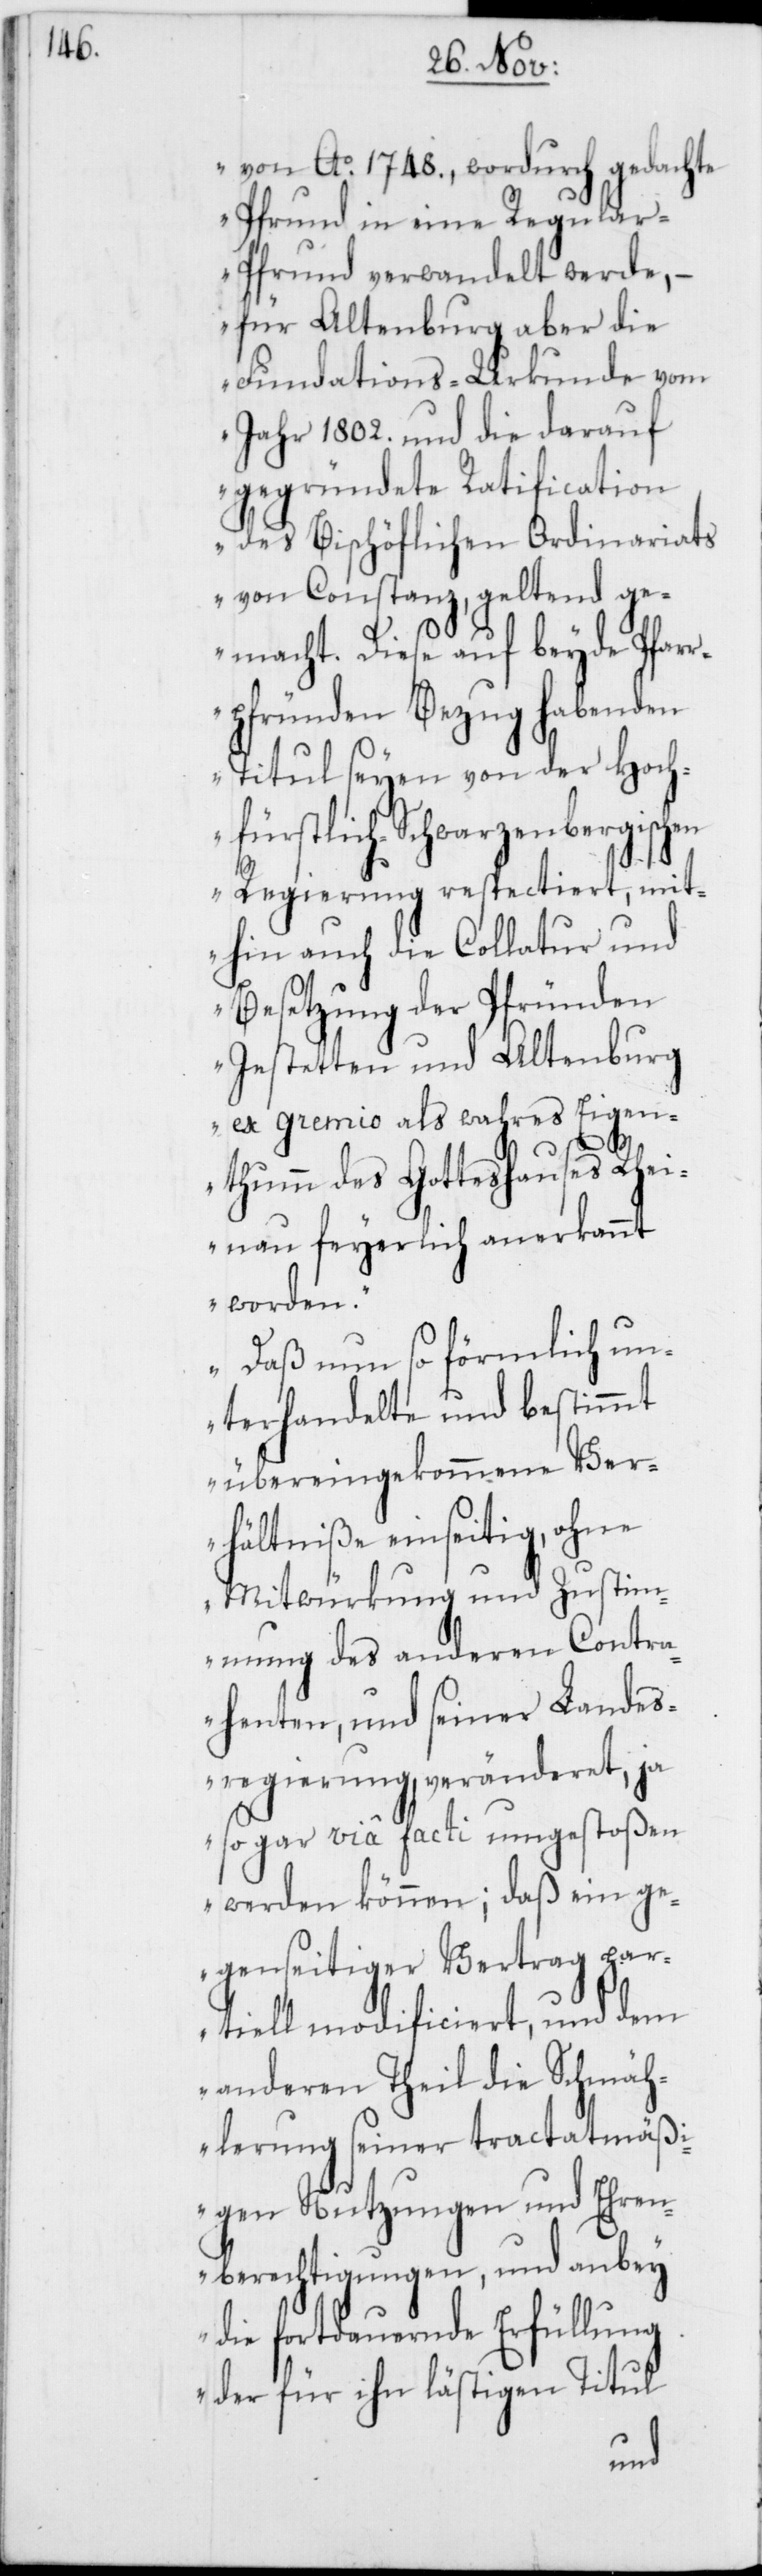
von Ao. 1748., wordurch gedachte
Pfrund in eine Regula¬
r-Pfrund verwandelt werde, –
für Altenburg aber die
Fundations-Urkunde vom
Jahr 1802. und die darauf
gegründete Ratification
des Bischöflichen Ordinariats
von Constanz, geltend ge¬
macht. Diese auf beyde Pfar¬
rpfründen Bezug habenden
Titul seyen von der Hoch¬
fürstlich-Schwarzenbergischen
Regierung respectiert, mit¬
hin auch die Collatur und
Besetzung der Pfründen
Jestetten und Altenburg
ex gremio als wahres Eigen¬
thum des Gotteshauses Rhei¬
nau feyerlich anerkannt
worden.
Daß nun so förmlich un¬
terhandelte und bestimmt
übereingekommene Ver¬
hältniße einseitig, ohne
Mitwürkung und Zustimm¬
ung des anderen Contra¬
henten, und seiner Landes¬
regierung, veränderet, ja
sogar via facti umgestoßen
werden können; daß ein ge¬
genseitiger Vertrag par¬
tiell modificiert, und dem
anderen Theil die Schmäh¬
lerung seiner tractatmäß¬
igen Nutzungen und Ehren¬
berechtigungen, und anbey
die fortdauernde Erfüllung
der für ihn lästigen Titul